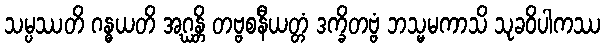
သမ္ပဿတိ ဂန္ဓယတိ အဂ္ဃန္တိ တဗ္ဗစနီယတ္တံ ဒက္ခိတဗ္ဗံ ဘသ္မမကာသိ သုခဝိပါကဿ